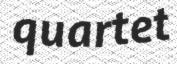
quartet